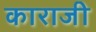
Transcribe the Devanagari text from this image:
काराजी